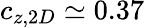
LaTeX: c_{z,2D}\simeq 0.37